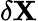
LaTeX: \mathbf{\delta X}